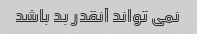
نمی تواند آنقدر بد باشد